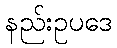
နည်းဥပဒေ